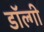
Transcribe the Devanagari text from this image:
डॉल्गी